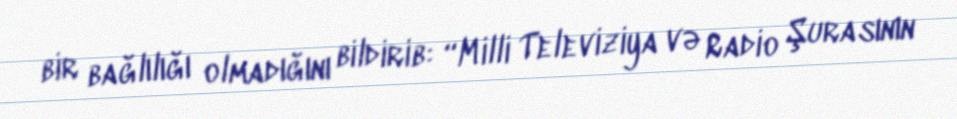
bir bağlılığı olmadığını bildirib: “Milli Televiziya və Radio Şurasının